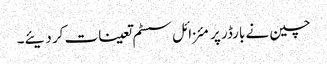
چین نے بارڈر پر مئزائل سسٹم تعینات کر دیئے۔